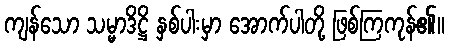
ကျန်သော သမ္မာဒိဋ္ဌိ နှစ်ပါးမှာ အောက်ပါတို့ ဖြစ်ကြကုန်၏။